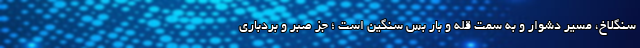
سنگلاخ، مسیر دشوار و به سمت قله و بار بس سنگین است ؛ جز صبر و بردباری